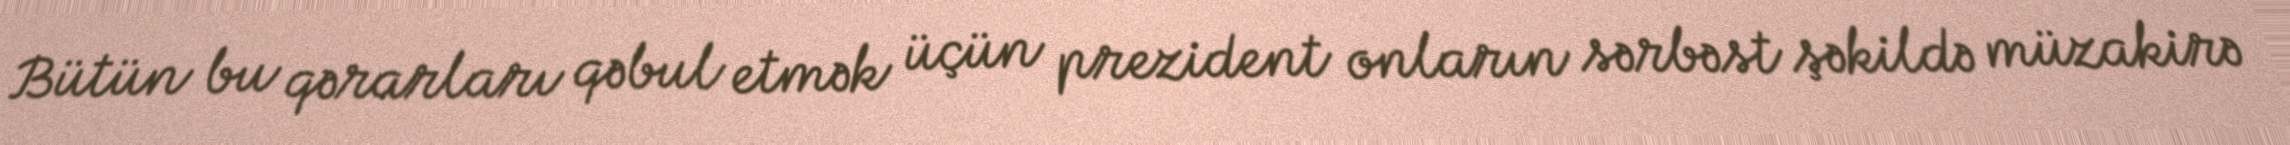
Bütün bu qərarları qəbul etmək üçün prezident onların sərbəst şəkildə müzakirə